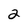
Character: 2